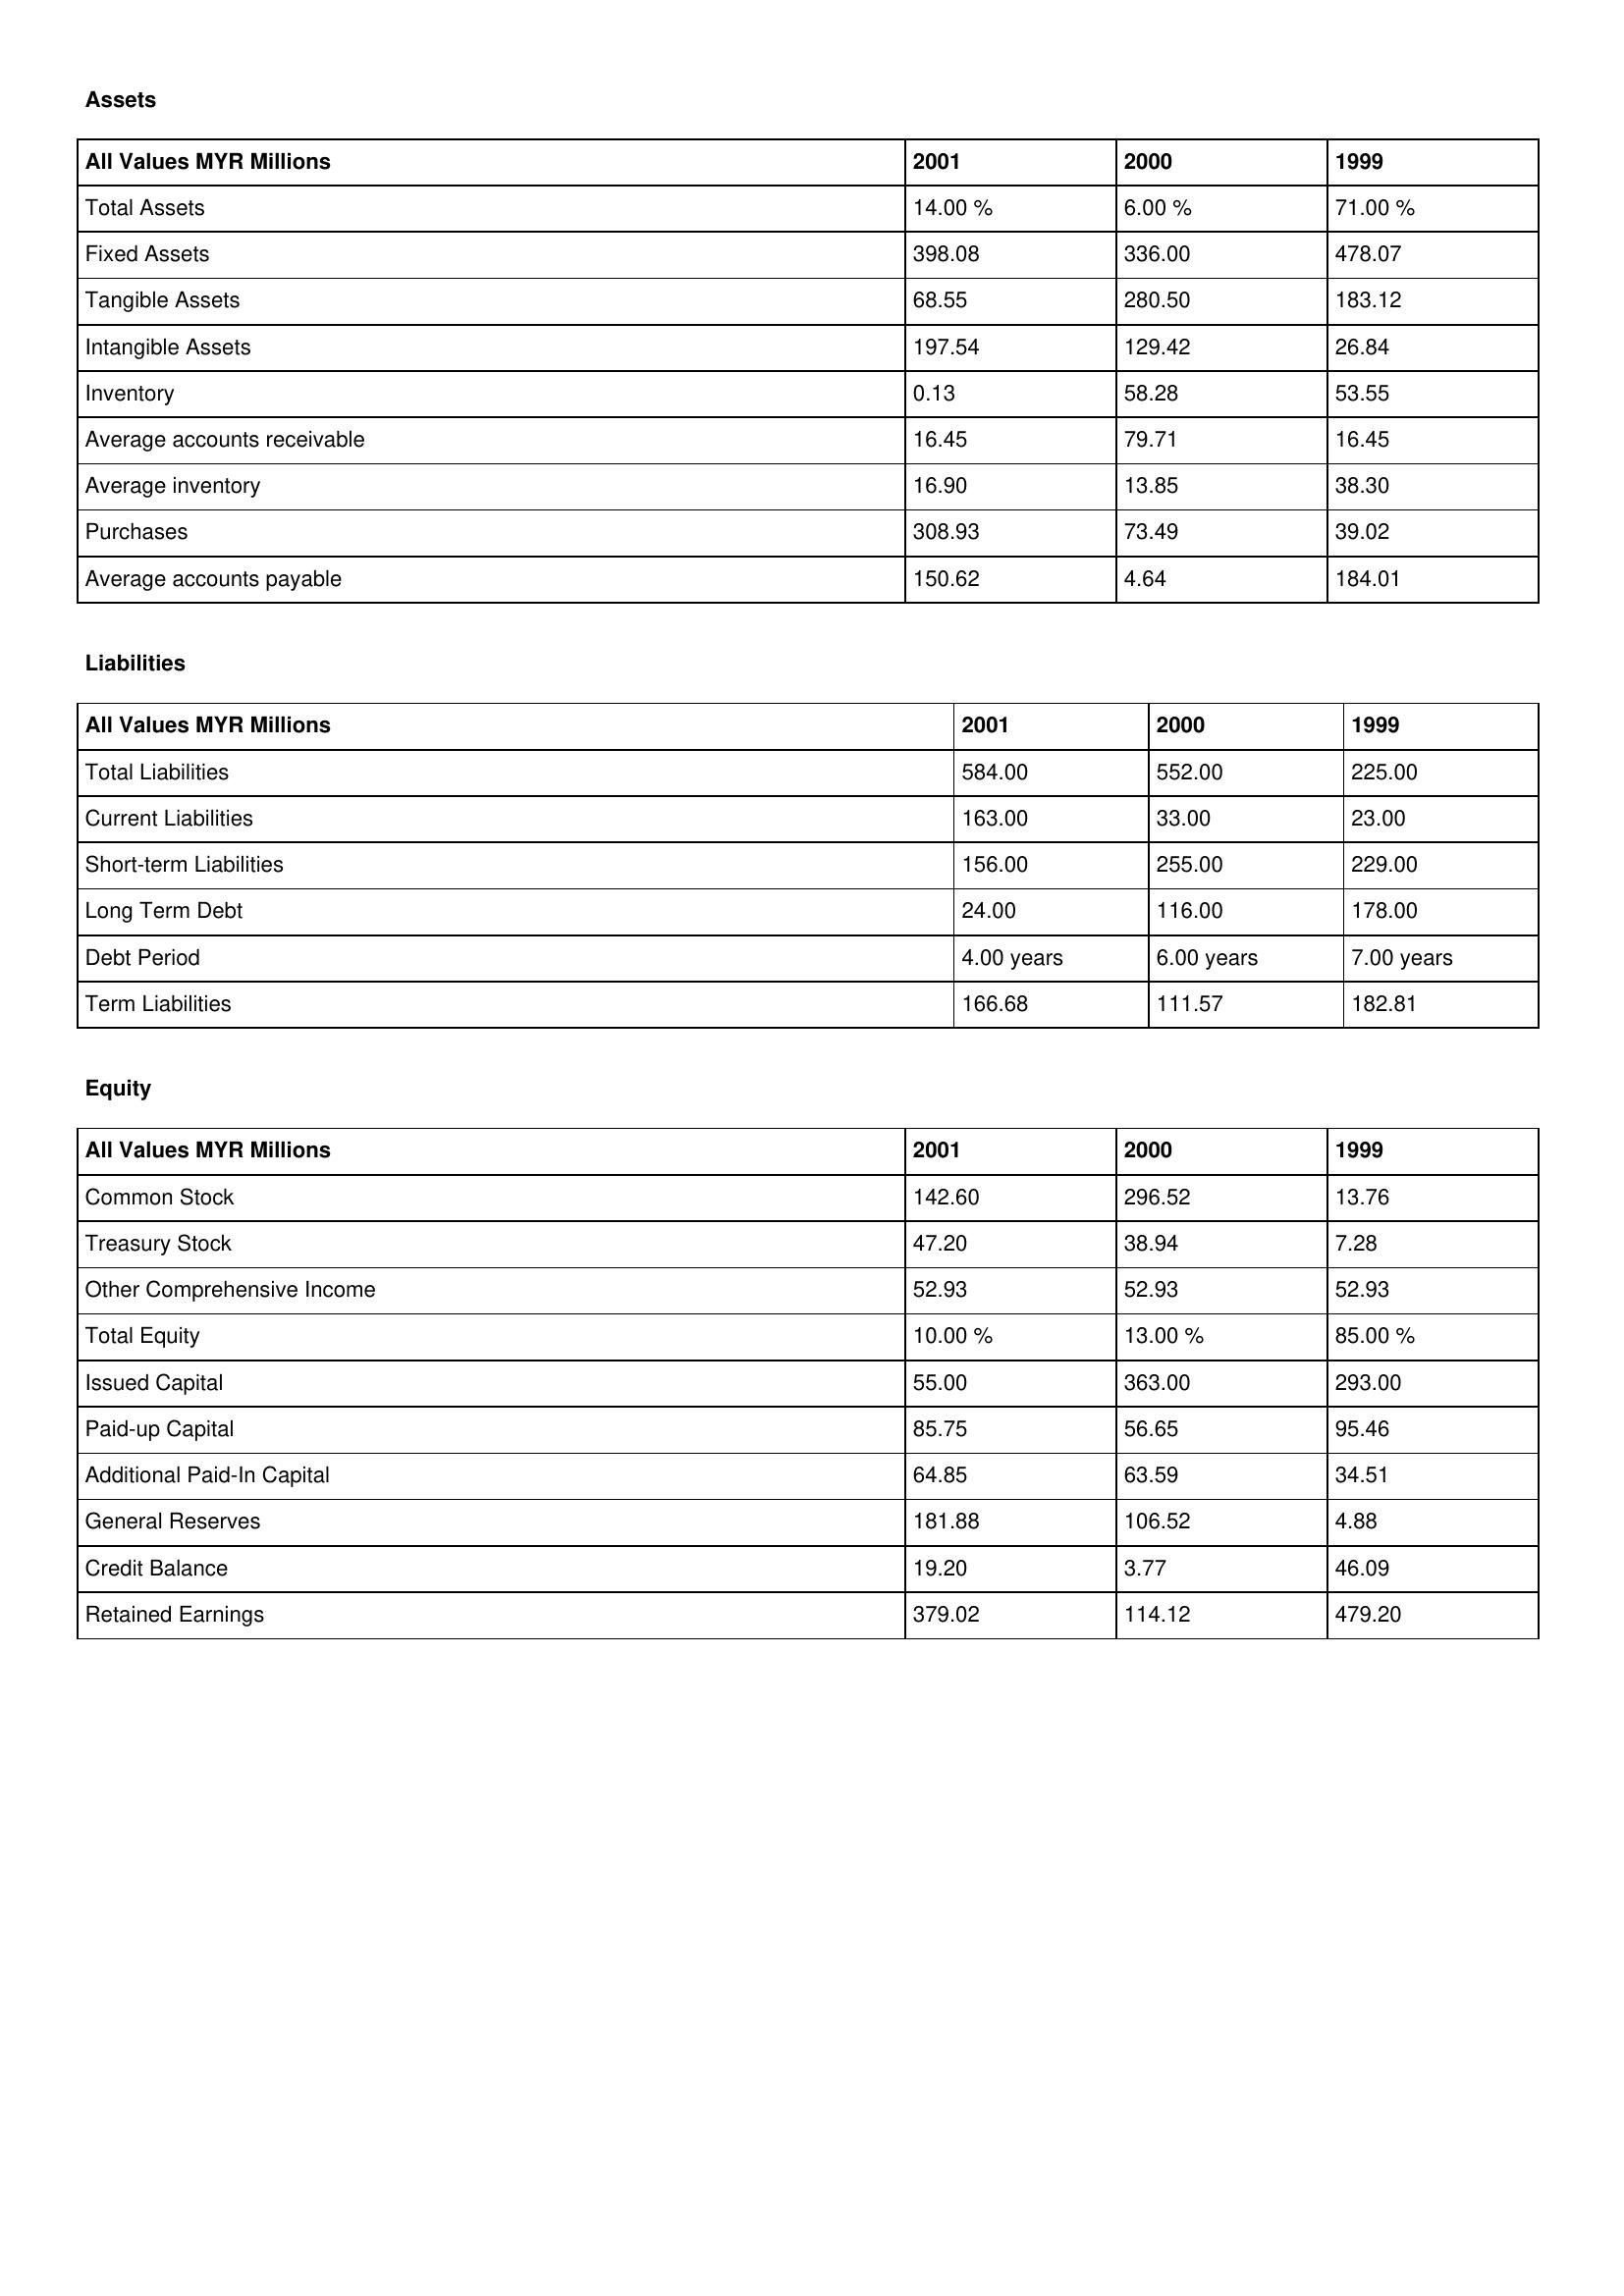
gt_parse: 2001: Assets: Total Assets: 14.00 %
Fixed Assets: 398.08
Tangible Assets: 68.55
Intangible Assets: 197.54
Inventory: 0.13
Average accounts receivable: 16.45
Average inventory: 16.90
Purchases: 308.93
Average accounts payable: 150.62
Liabilities: Total Liabilities: 584.00
Current Liabilities: 163.00
Short-term Liabilities: 156.00
Long Term Debt: 24.00
Debt Period: 4.00 years
Term Liabilities: 166.68
Equity: Common Stock: 142.60
Treasury Stock: 47.20
Other Comprehensive Income: 52.93
Total Equity: 10.00 %
Issued Capital: 55.00
Paid-up Capital: 85.75
Additional Paid-In Capital: 64.85
General Reserves: 181.88
Credit Balance: 19.20
Retained Earnings: 379.02
2000: Assets: Total Assets: 6.00 %
Fixed Assets: 336.00
Tangible Assets: 280.50
Intangible Assets: 129.42
Inventory: 58.28
Average accounts receivable: 79.71
Average inventory: 13.85
Purchases: 73.49
Average accounts payable: 4.64
Liabilities: Total Liabilities: 552.00
Current Liabilities: 33.00
Short-term Liabilities: 255.00
Long Term Debt: 116.00
Debt Period: 6.00 years
Term Liabilities: 111.57
Equity: Common Stock: 296.52
Treasury Stock: 38.94
Other Comprehensive Income: 52.93
Total Equity: 13.00 %
Issued Capital: 363.00
Paid-up Capital: 56.65
Additional Paid-In Capital: 63.59
General Reserves: 106.52
Credit Balance: 3.77
Retained Earnings: 114.12
1999: Assets: Total Assets: 71.00 %
Fixed Assets: 478.07
Tangible Assets: 183.12
Intangible Assets: 26.84
Inventory: 53.55
Average accounts receivable: 16.45
Average inventory: 38.30
Purchases: 39.02
Average accounts payable: 184.01
Liabilities: Total Liabilities: 225.00
Current Liabilities: 23.00
Short-term Liabilities: 229.00
Long Term Debt: 178.00
Debt Period: 7.00 years
Term Liabilities: 182.81
Equity: Common Stock: 13.76
Treasury Stock: 7.28
Other Comprehensive Income: 52.93
Total Equity: 85.00 %
Issued Capital: 293.00
Paid-up Capital: 95.46
Additional Paid-In Capital: 34.51
General Reserves: 4.88
Credit Balance: 46.09
Retained Earnings: 479.20